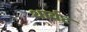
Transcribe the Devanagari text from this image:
थार्वट